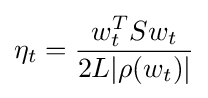
\eta _{t}={\frac {w_{t}^{T}Sw_{t}}{2L|\rho (w_{t})|}}